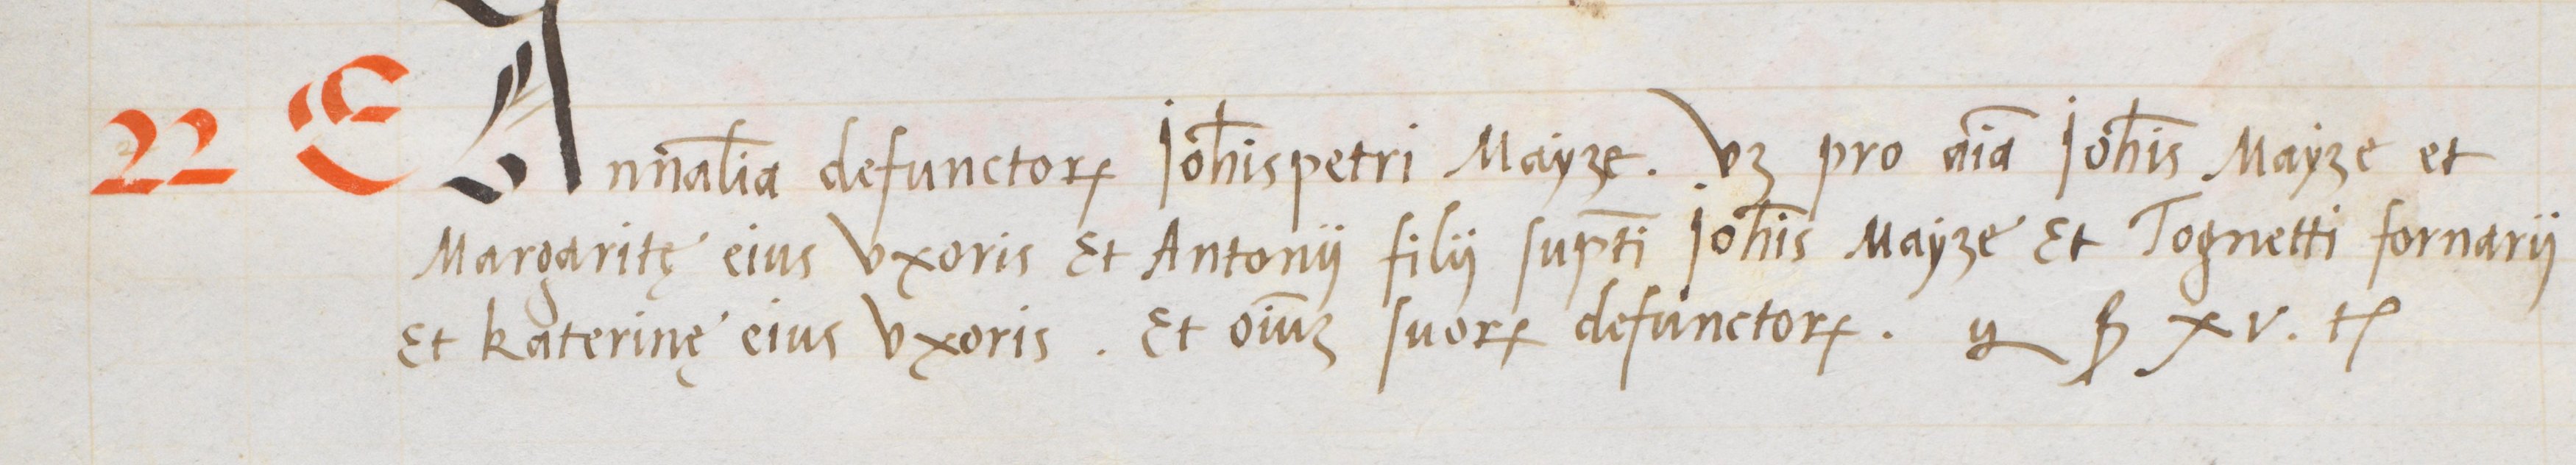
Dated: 1563–1563